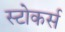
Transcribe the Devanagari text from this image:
स्टोकर्स